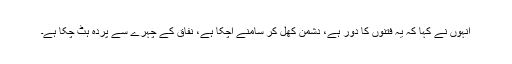
انہوں نے کہا کہ یہ فتنوں کا دور ہے، دشمن کھل کر سامنے آچکا ہے، نفاق کے چہرے سے پردہ ہٹ چکا ہے۔